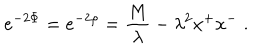
e ^ { - 2 \Phi } = e ^ { - 2 \rho } = { \frac { M } { \lambda } } - \lambda ^ { 2 } x ^ { + } x ^ { - } \; .